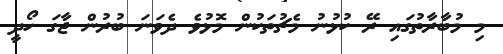
މި މުބާރާތުގައި ރޭ ކުޅުނު މެޗުތަކުން މޮޅުވެ ދެވަނަ ބުރުން ޖާގަ ހޯދީ